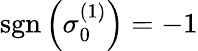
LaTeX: \textrm{sgn}\left(\sigma_{0}^{(1)}\right)=-1